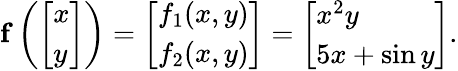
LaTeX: \mathbf{f}\left({\left[\begin{array}{l}{x}\\ {y}\end{array}\right]}\right)={\left[\begin{array}{l}{f_{1}(x,y)}\\ {f_{2}(x,y)}\end{array}\right]}={\left[\begin{array}{l}{x^{2}y}\\ {5x+\sin y}\end{array}\right]}.